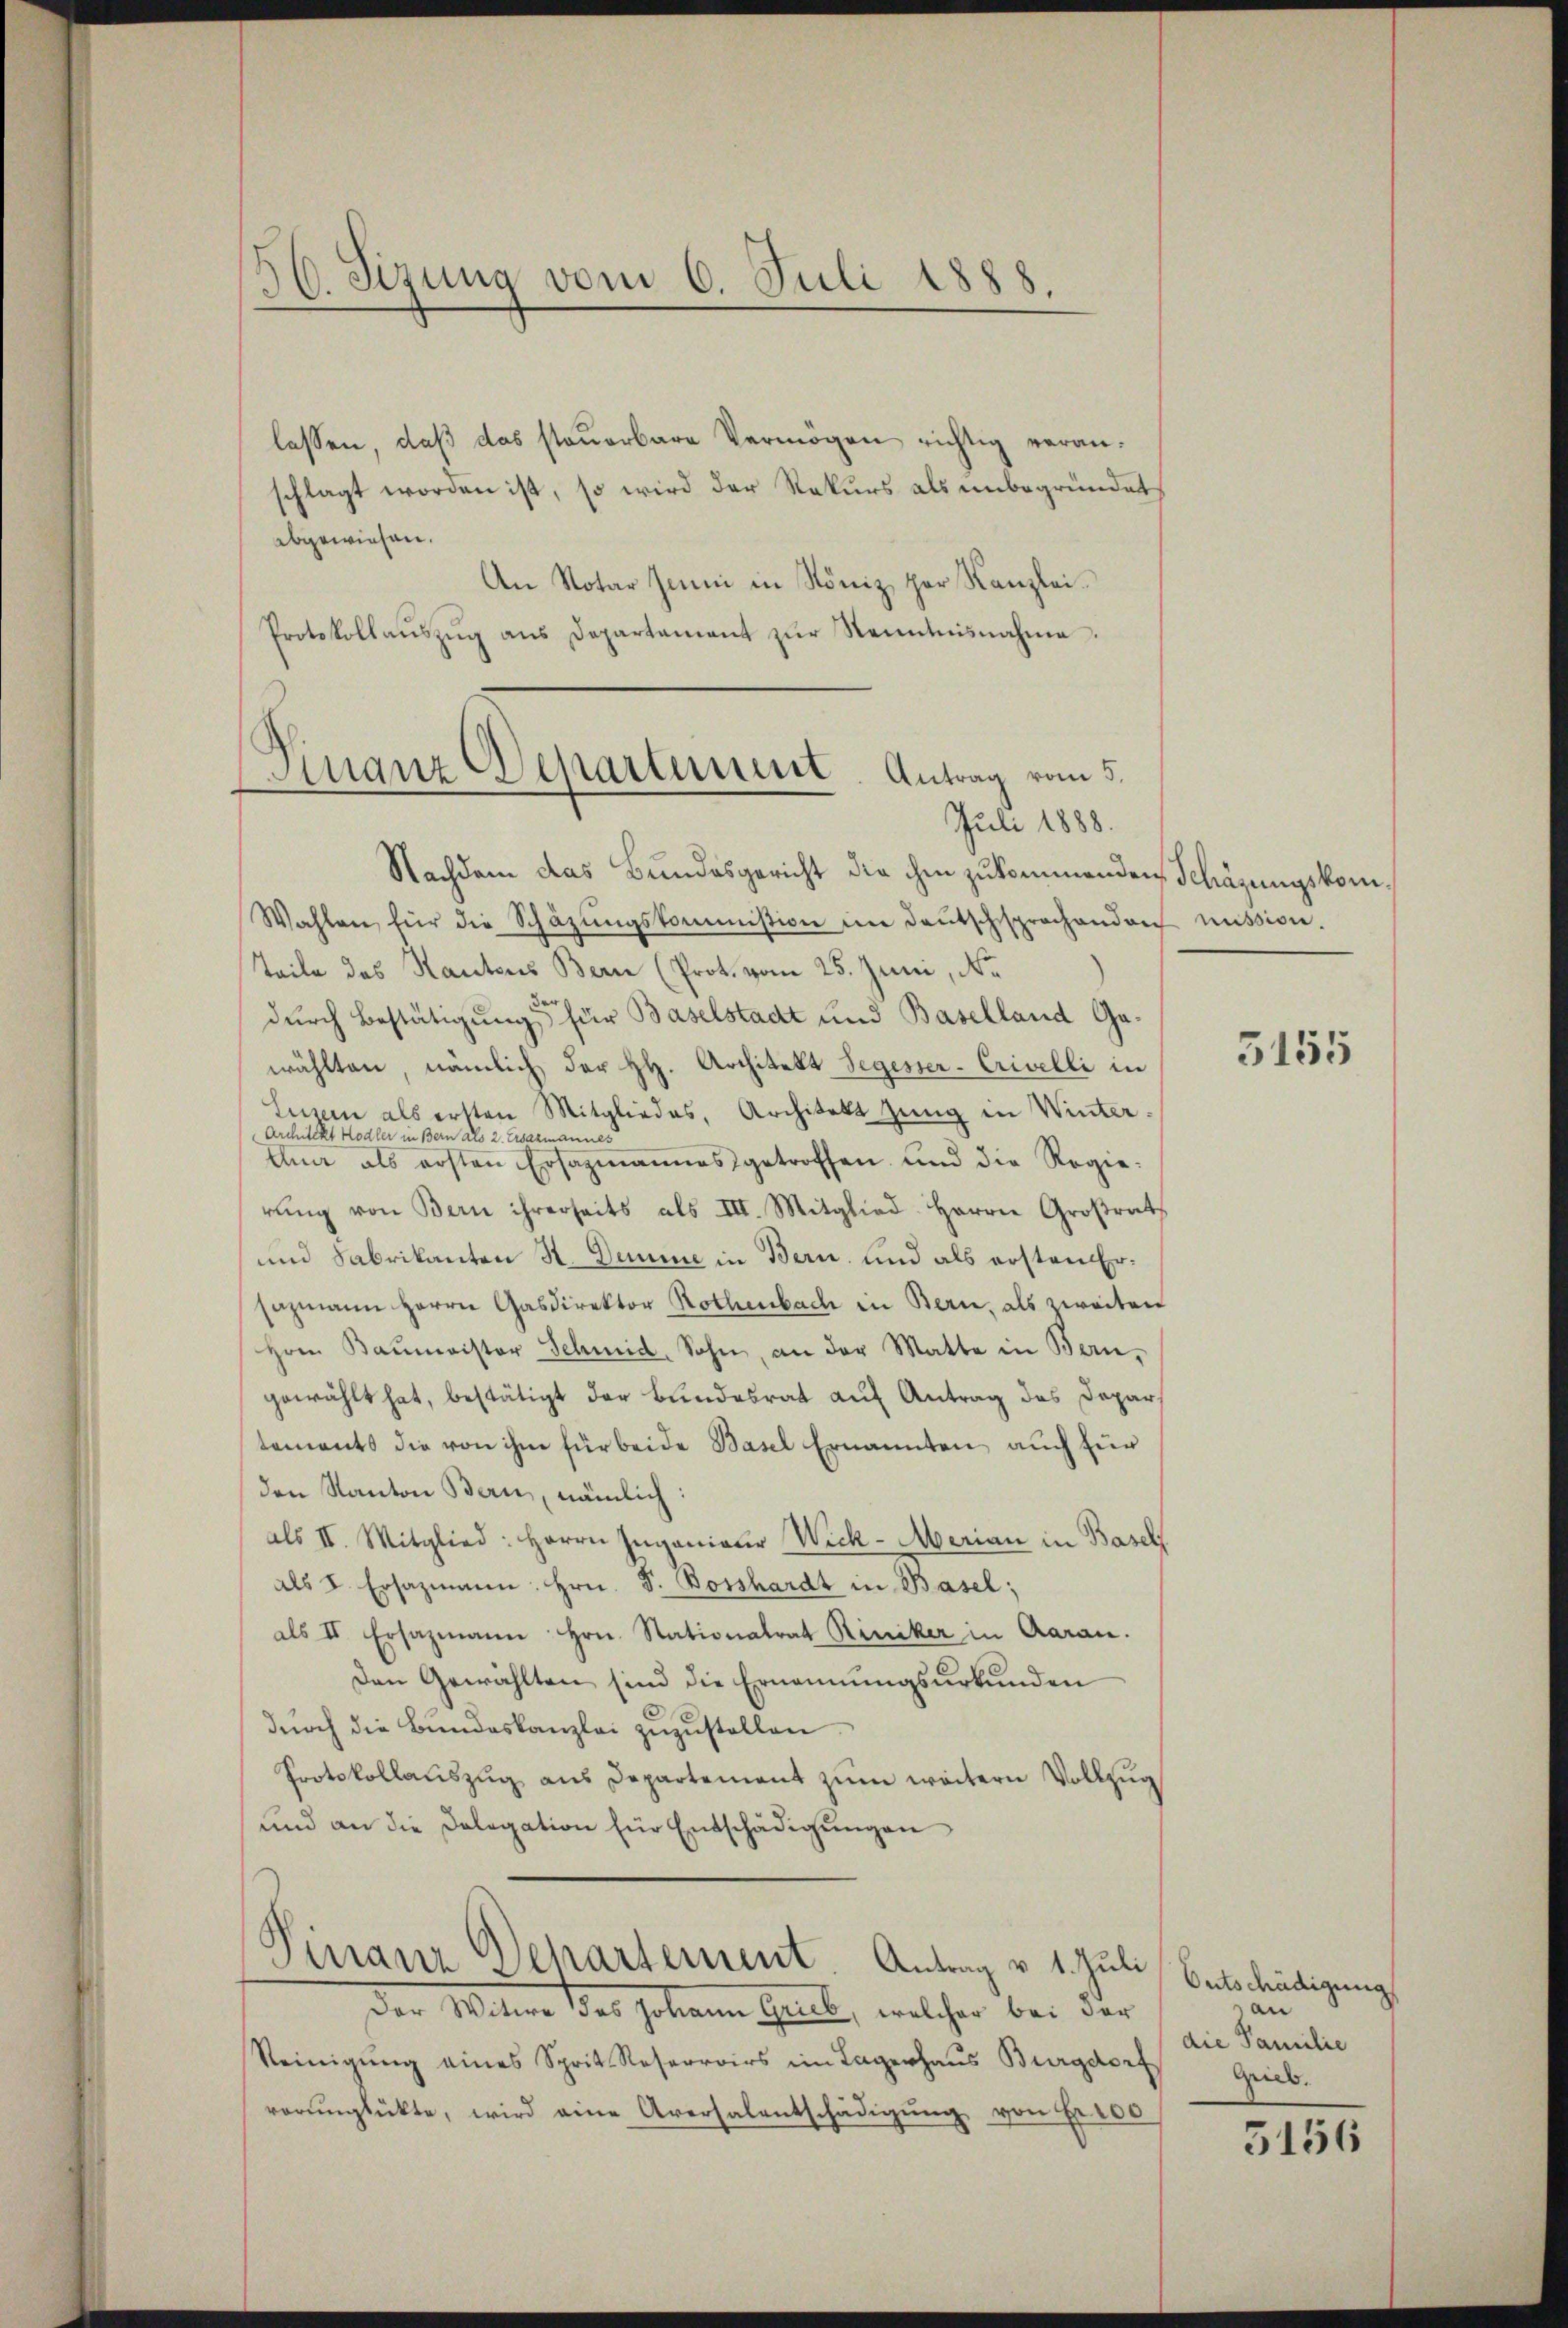
30. Sizung vom 6. Juli 1888.

lassen, daß das steuerbare Vermögen richtig veranschlagt worden ist, so wird der Rekurs als unbegründet
abgewiesen.
An Notar Junii in Köniz zur Kanzlei-
Protokollaŭszŭg ans Departament zŭr Kenntnisnahme.

Dinger Departement. Antrag vom 5.
Juli 1888.

Nachdem das Bundesgericht die ihm zukommenden Schäzungskom¬
Wahlen für die Schäzŭngskommission im deŭtschsprochendorf mission.
Teile des Kantons Bern (Prot. vom 25. Juni, Nr.
durch Bestätigung für Baselstadt und Baselland Gawählten, nämlich der HH. Architekt Segesser-Crivelli in
Luzern als ersten Mitgliedes, Architekt zung in Winter¬
Architekt Hodler in Bern als 2. Eisazmannes
Ann als ersten Ersazmannes getroffen und die Regierŭng von Bern ihrerseits als III. Mitglied-Herrn Großrath
und Fabrikanton K. Demme in Bern und als ersten Ersazmann Herrn Gasdirektor Rothenbach in Bern, als zweiten
Hrrn. Baŭmeister Schmid, Sohn, an der Matte in Bern-
gewählt hat, bestätigt der Bundesrat auf Antrag des Depar
tements die von ihm für beide Basel Ernannten auch für
den Kanton Bern, nämlich:
als II. Mitglied: Herrn Ingenieur Wick-Merian in Basel
als I. Ersazmann. Hrn. F. Bosshardt in Basel;
als II Ersazmann Hrn. Stationalrat Riniker in Aarau.
Den Gewählten sind die Ernennungsurkunden
durch die Bundeskanzlei zuzustellen
Protokollauszug aus Departement zŭm weitern Vollzug
und an die Dolegation für Entschädigungen
.
mranz Dehartement. Antrag v. 1. Juli Entschädigung
der Witwe des Johann Hause, welcher bei der
Reinigung eines Sprit Reserroirs im Lagerhaus Burgdorf
vorŭnglückte, wird eine Aversalentschädigŭng von Fr. 100

3155

an
die Familie
Grieb.

5156